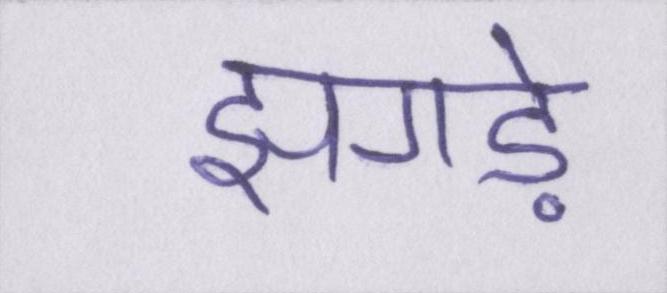
झगड़े